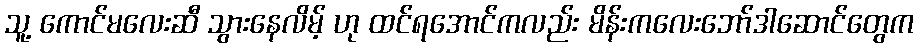
သူ့ ကောင်မလေးဆီ သွားနေလိမ့် ဟု ထင်ရအောင်ကလည်း မိန်းကလေးဘော်ဒါဆောင်တွေက